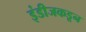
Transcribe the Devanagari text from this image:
इंडीजकडून